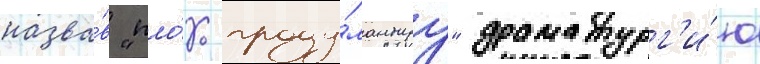
назва́в "пло́хо проду́маннуу" драматург'и́ю